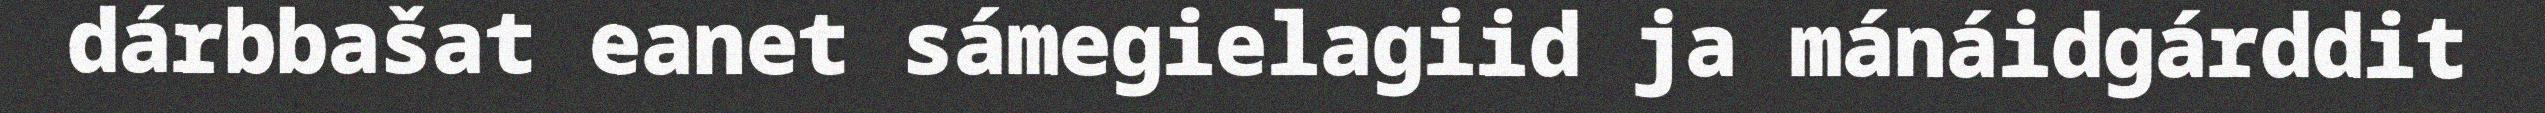
dárbbašat eanet sámegielagiid ja mánáidgárddit